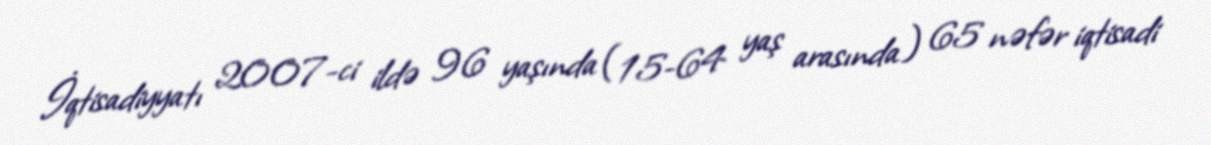
İqtisadiyyatı 2007-ci ildə 96 yaşında (15-64 yaş arasında) 65 nəfər iqtisadi